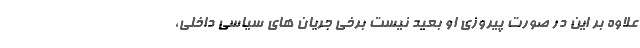
علاوه بر این در صورت پیروزی او بعید نیست برخی جریان های سیاسی داخلی،